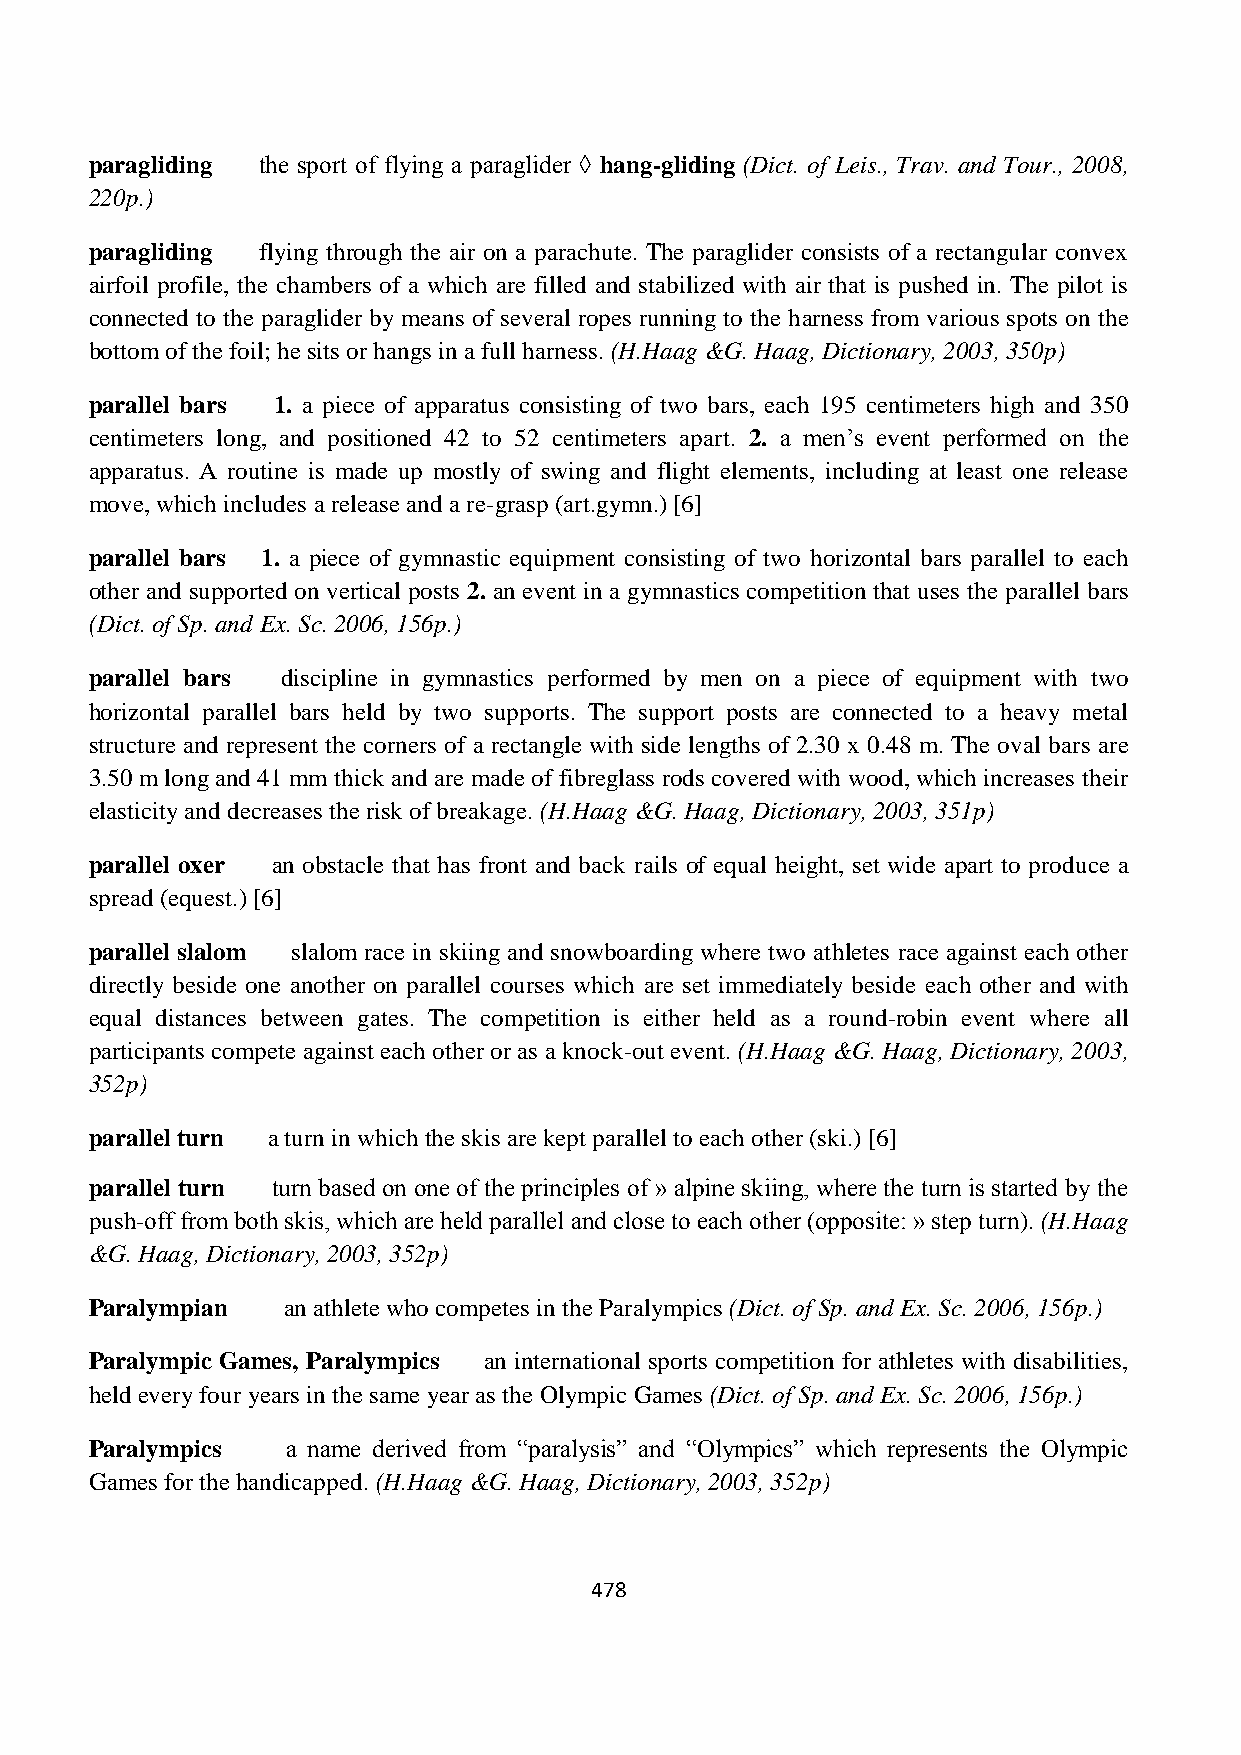
paragliding the sport of flying a paraglider ◊ hang-gliding (Dict. of Leis., Trav. and Tour., 2008,
 220p.)
 paragliding flying through the air on a parachute. The paraglider consists of a rectangular convex
 airfoil profile, the chambers of a which are filled and stabilized with air that is pushed in. The pilot is
 connected to the paraglider by means of several ropes running to the harness from various spots on the
 bottom of the foil; he sits or hangs in a full harness. (H.Haag &G. Haag, Dictionary, 2003, 350p)
 parallel bars 1. a piece of apparatus consisting of two bars, each 195 centimeters high and 350
 centimeters long, and positioned 42 to 52 centimeters apart. 2. a men’s event performed on the
 apparatus. A routine is made up mostly of swing and flight elements, including at least one release
 move, which includes a release and a re-grasp (art.gymn.) [6]
 parallel bars 1. a piece of gymnastic equipment consisting of two horizontal bars parallel to each
 other and supported on vertical posts 2. an event in a gymnastics competition that uses the parallel bars
 (Dict. of Sp. and Ex. Sc. 2006, 156p.)
 parallel bars discipline in gymnastics performed by men on a piece of equipment with two
 horizontal parallel bars held by two supports. The support posts are connected to a heavy metal
 structure and represent the corners of a rectangle with side lengths of 2.30 x 0.48 m. The oval bars are
 3.50 m long and 41 mm thick and are made of fibreglass rods covered with wood, which increases their
 elasticity and decreases the risk of breakage. (H.Haag &G. Haag, Dictionary, 2003, 351p)
 parallel oxer an obstacle that has front and back rails of equal height, set wide apart to produce a
 spread (equest.) [6]
 parallel slalom slalom race in skiing and snowboarding where two athletes race against each other
 directly beside one another on parallel courses which are set immediately beside each other and with
 equal distances between gates. The competition is either held as a round-robin event where all
 participants compete against each other or as a knock-out event. (H.Haag &G. Haag, Dictionary, 2003,
 352p)
 parallel turn a turn in which the skis are kept parallel to each other (ski.) [6]
 parallel turn turn based on one of the principles of » alpine skiing, where the turn is started by the
 push-off from both skis, which are held parallel and close to each other (opposite: » step turn). (H.Haag
 &G. Haag, Dictionary, 2003, 352p)
 Paralympian  an athlete who competes in the Paralympics (Dict. of Sp. and Ex. Sc. 2006, 156p.)
 Paralympic Games, Paralympics an international sports competition for athletes with disabilities,
 held every four years in the same year as the Olympic Games (Dict. of Sp. and Ex. Sc. 2006, 156p.)
 Paralympics  a name derived from “paralysis” and “Olympics” which represents the Olympic
 Games for the handicapped. (H.Haag &G. Haag, Dictionary, 2003, 352p)
 478